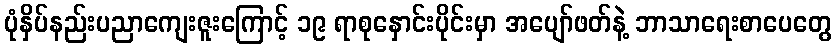
ပုံနှိပ်နည်းပညာကျေးဇူးကြောင့် ၁၉ ရာစုနှောင်းပိုင်းမှာ အပျော်ဖတ်နဲ့ ဘာသာရေးစာပေတွေ